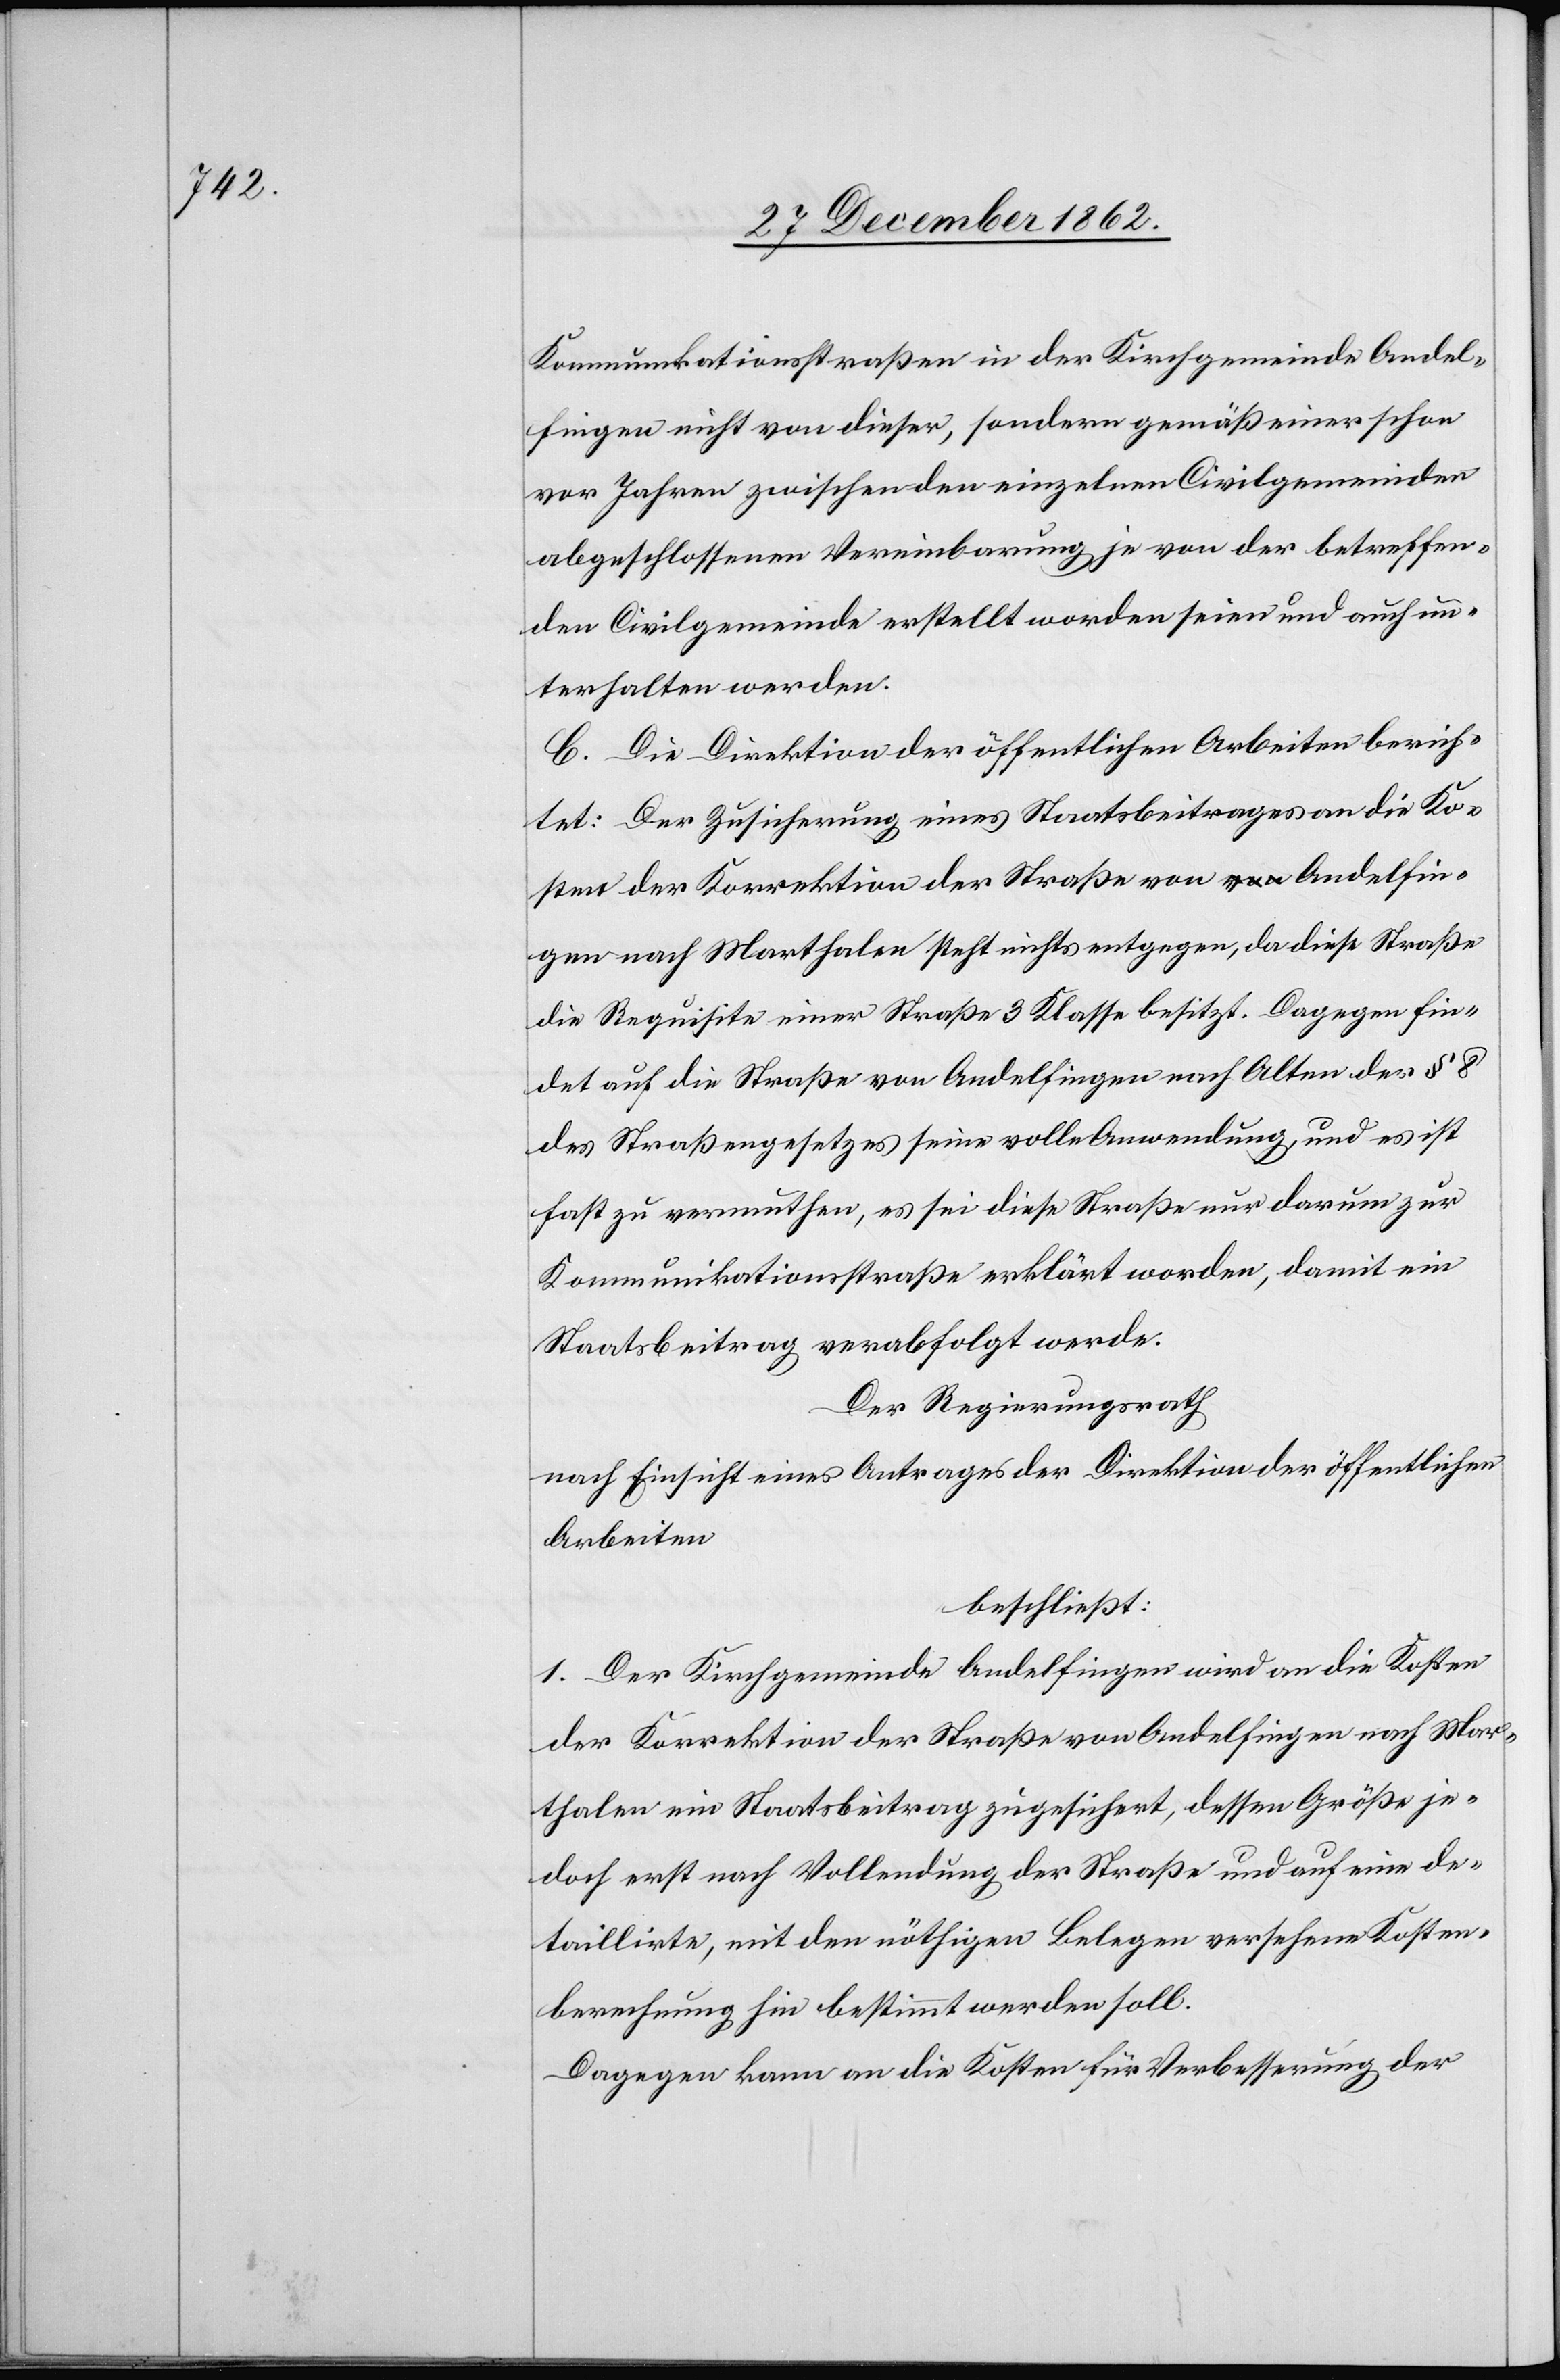
Kommunikationsstraßen in der Kirchgemeinde Andel¬
fingen nicht von dieser, sondern gemäß einer schon
vor Jahren zwischen den einzelnen Civilgemeinden
abgeschlossenen Vereinbarung je von der betreffen¬
den Civilgemeinde erstellt worden seien und auch un¬
terhalten werden.
C. Die Direktion der öffentlichen Arbeiten berich¬
tet: Der Zusicherung eines Staatsbeitrages an die Ko¬
sten der Korrektion der Straße von Andelfin¬
gen nach Marthalen steht nichts entgegen, da diese Straße
die Requisite einer Straße 3. Klasse besitzt. Dagegen fin¬
det auf die Straße von Andelfingen nach Alten der § 8
des Straßengesetzes seine volle Anwendung, und es ist
fast zu vermuthen, es sei diese Straße nur darum zur
Kommunikationsstraße erklärt worden, damit ein
Staatsbeitrag verabfolgt werde.
Der Regierungsrath
nach Einsicht eines Antrages der Direktion der öffentlichen
Arbeiten
beschließt:
1. Der Kirchgemeinde Andelfingen wird an die Kosten
der Korrektion der Straße von Andelfingen nach Mar¬
thalen ein Staatsbeitrag zugesichert, dessen Größe je¬
doch erst nach Vollendung der Straße und auf eine de¬
taillirte, mit den nöthigen Belegen versehene Kosten¬
berechnung hin bestimmt werden soll.
Dagegen kann an die Kosten für Verbesserung der